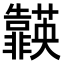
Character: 𮧈